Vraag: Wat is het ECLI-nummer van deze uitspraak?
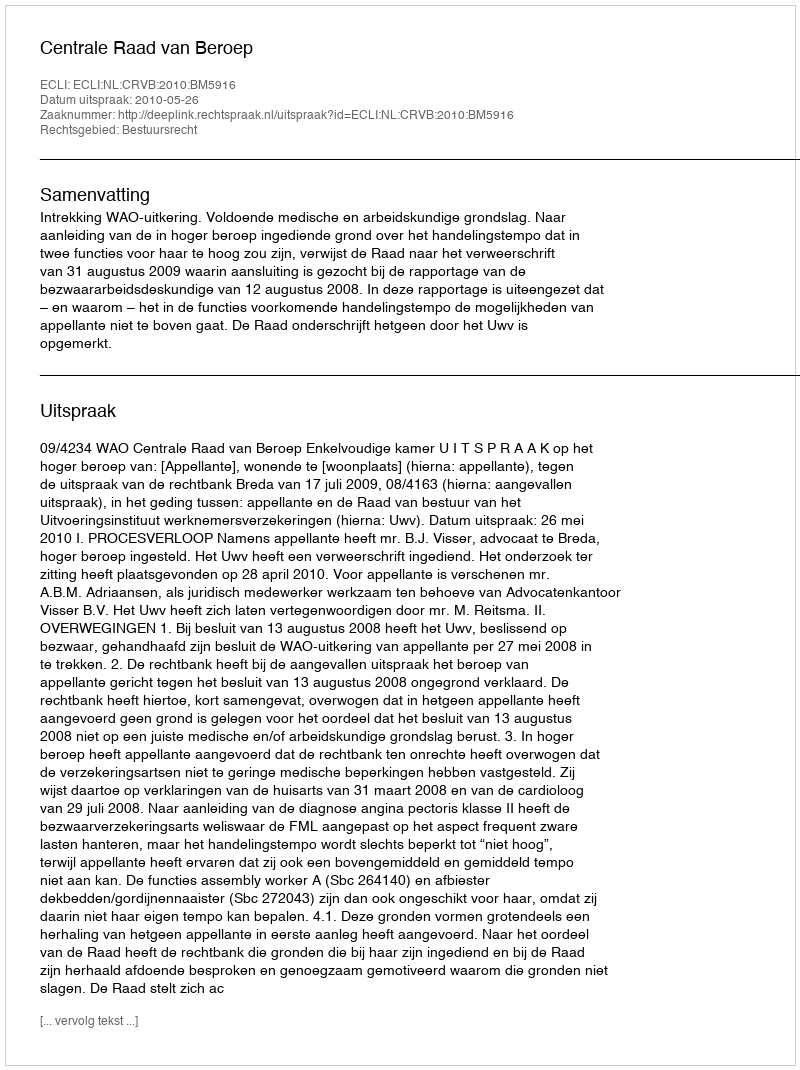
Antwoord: ECLI:NL:CRVB:2010:BM5916